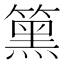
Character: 𥳬